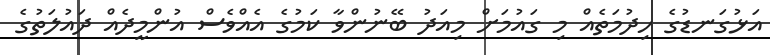
އަޅުގަނޑުގެ ހިދުމަތެއް މި ގައުމަށް މިއަދު ބޭނުންވާ ކަމުގެ އެއްވެސް އުންމީދެއް ދައުލަތުގެ